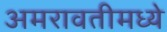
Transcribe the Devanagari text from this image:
अमरावतीमध्ये